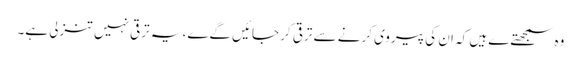
وہ سمجھتےے ہیں کہ ان کی پیروی کرنے سے ترقی کر جائیں گےے، یہ ترقی نہیں تنزلی ہے۔